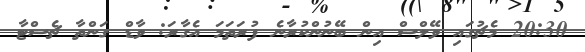
20:30 މެޗުގައި ވޭލްސް އިން ބޭނުންކުރާނެ ފުރަތަމަ އެގާރަ: ވާޑް ގަންތާ ޗެސްޓާ